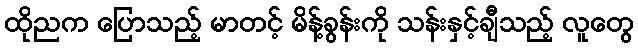
ထိုညက ပြောသည့် မာတင့် မိန့်ခွန်းကို သန်းနှင့်ချီသည့် လူတွေ